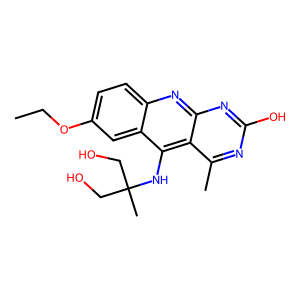
SMILES: CCOc1ccc2nc3nc(O)nc(C)c3c(NC(C)(CO)CO)c2c1
Inhibits HIV replication: No